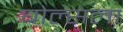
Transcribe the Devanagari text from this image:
घोल्सला